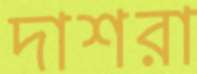
দাশরা